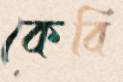
কেবি